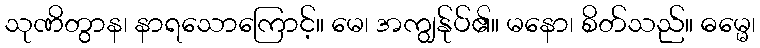
သုဏိတွာန၊ နာရသောကြောင့်။ မေ၊ အကျွန်ုပ်၏။ မနော၊ စိတ်သည်။ ဓမ္မေ၊